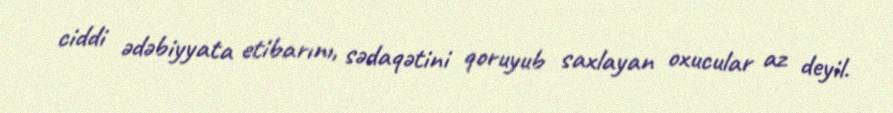
ciddi ədəbiyyata etibarını, sədaqətini qoruyub saxlayan oxucular az deyil.